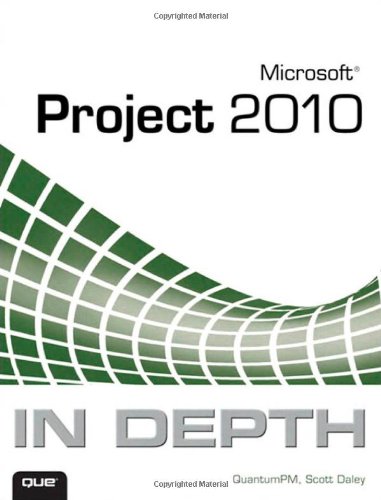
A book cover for Microsoft Project 2010 In Depth; QuantumPM; Computers & Technology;